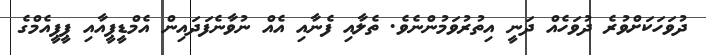
ދުވަހަކަށްވުރެ ދުވަހެއް ދަނީ އިތުރުވަމުންނެވެ. ތެލާއި ފެނާއި އެއް ނުވާނެފަދައިން އެމްޑީޕީއާއި ޕީޕީއެމްގެ